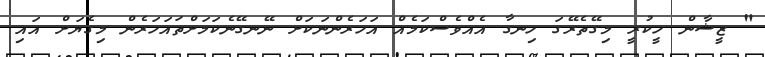
" ޒީޝާން ހީކުރީ މިގޭތެރޭގަ ހިނގާ އެއްވެސްކަމެއް އަހަރެންނަކަށް ނޭނގޭނެކަމަށްތައަހަރެން މިގެޔަށް އައި